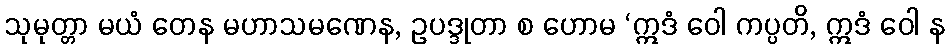
သုမုတ္တာ မယံ တေန မဟာသမဏေန, ဥပဒ္ဒုတာ စ ဟောမ ‘ဣဒံ ဝေါ ကပ္ပတိ, ဣဒံ ဝေါ န